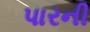
પારની